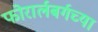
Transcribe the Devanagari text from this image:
फोरार्लबर्गच्या